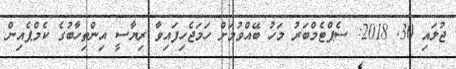
ޖުލައި 30